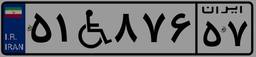
۵۱W۸۷۶۵۷